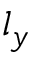
l _ { y }